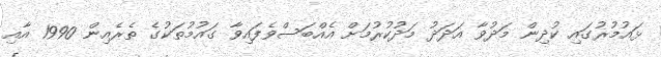
ޅައުމުރުގައި ކުދިން މަދުވާ އަދަދު މަދުކުރުމަށް އެއްބަސްވެފައިވާ ގައުމުތަކުގެ ތެރެއިން 1990 އާއި